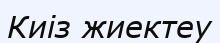
Киіз жиектеу